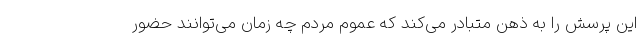
این پرسش را به ذهن متبادر می‌کند که عموم مردم چه زمان می‌توانند حضور